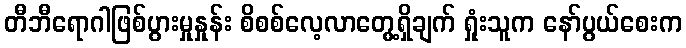
တီဘီရောဂါဖြစ်ပွားမှုနှုန်း စိစစ်လေ့လာတွေ့ရှိချက် ရှုံးသူက နော်ပွယ်စေးက